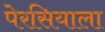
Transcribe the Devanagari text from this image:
पेरसियाला